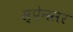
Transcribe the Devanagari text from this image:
स्पेनसर